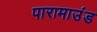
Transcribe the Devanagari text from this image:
पारामाउंड